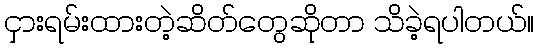
ငှားရမ်းထားတဲ့ဆိတ်တွေဆိုတာ သိခဲ့ရပါတယ်။